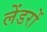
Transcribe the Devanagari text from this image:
लेंडरों